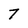
Character: 7